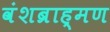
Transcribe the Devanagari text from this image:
वंशब्राह्मण